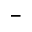
^ -